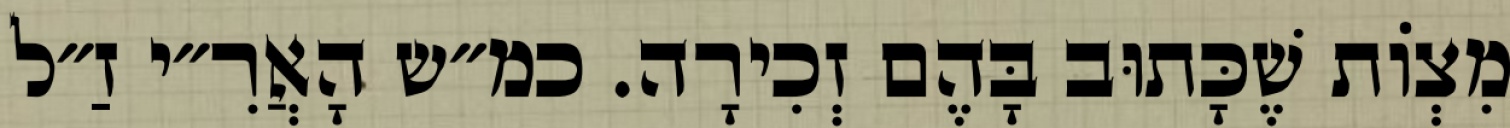
מִצְוֹת שֶׁכָּתוּב בָּהֶם זְכִירָה. כמ״ש הָאֲרִ״י זַ״ל